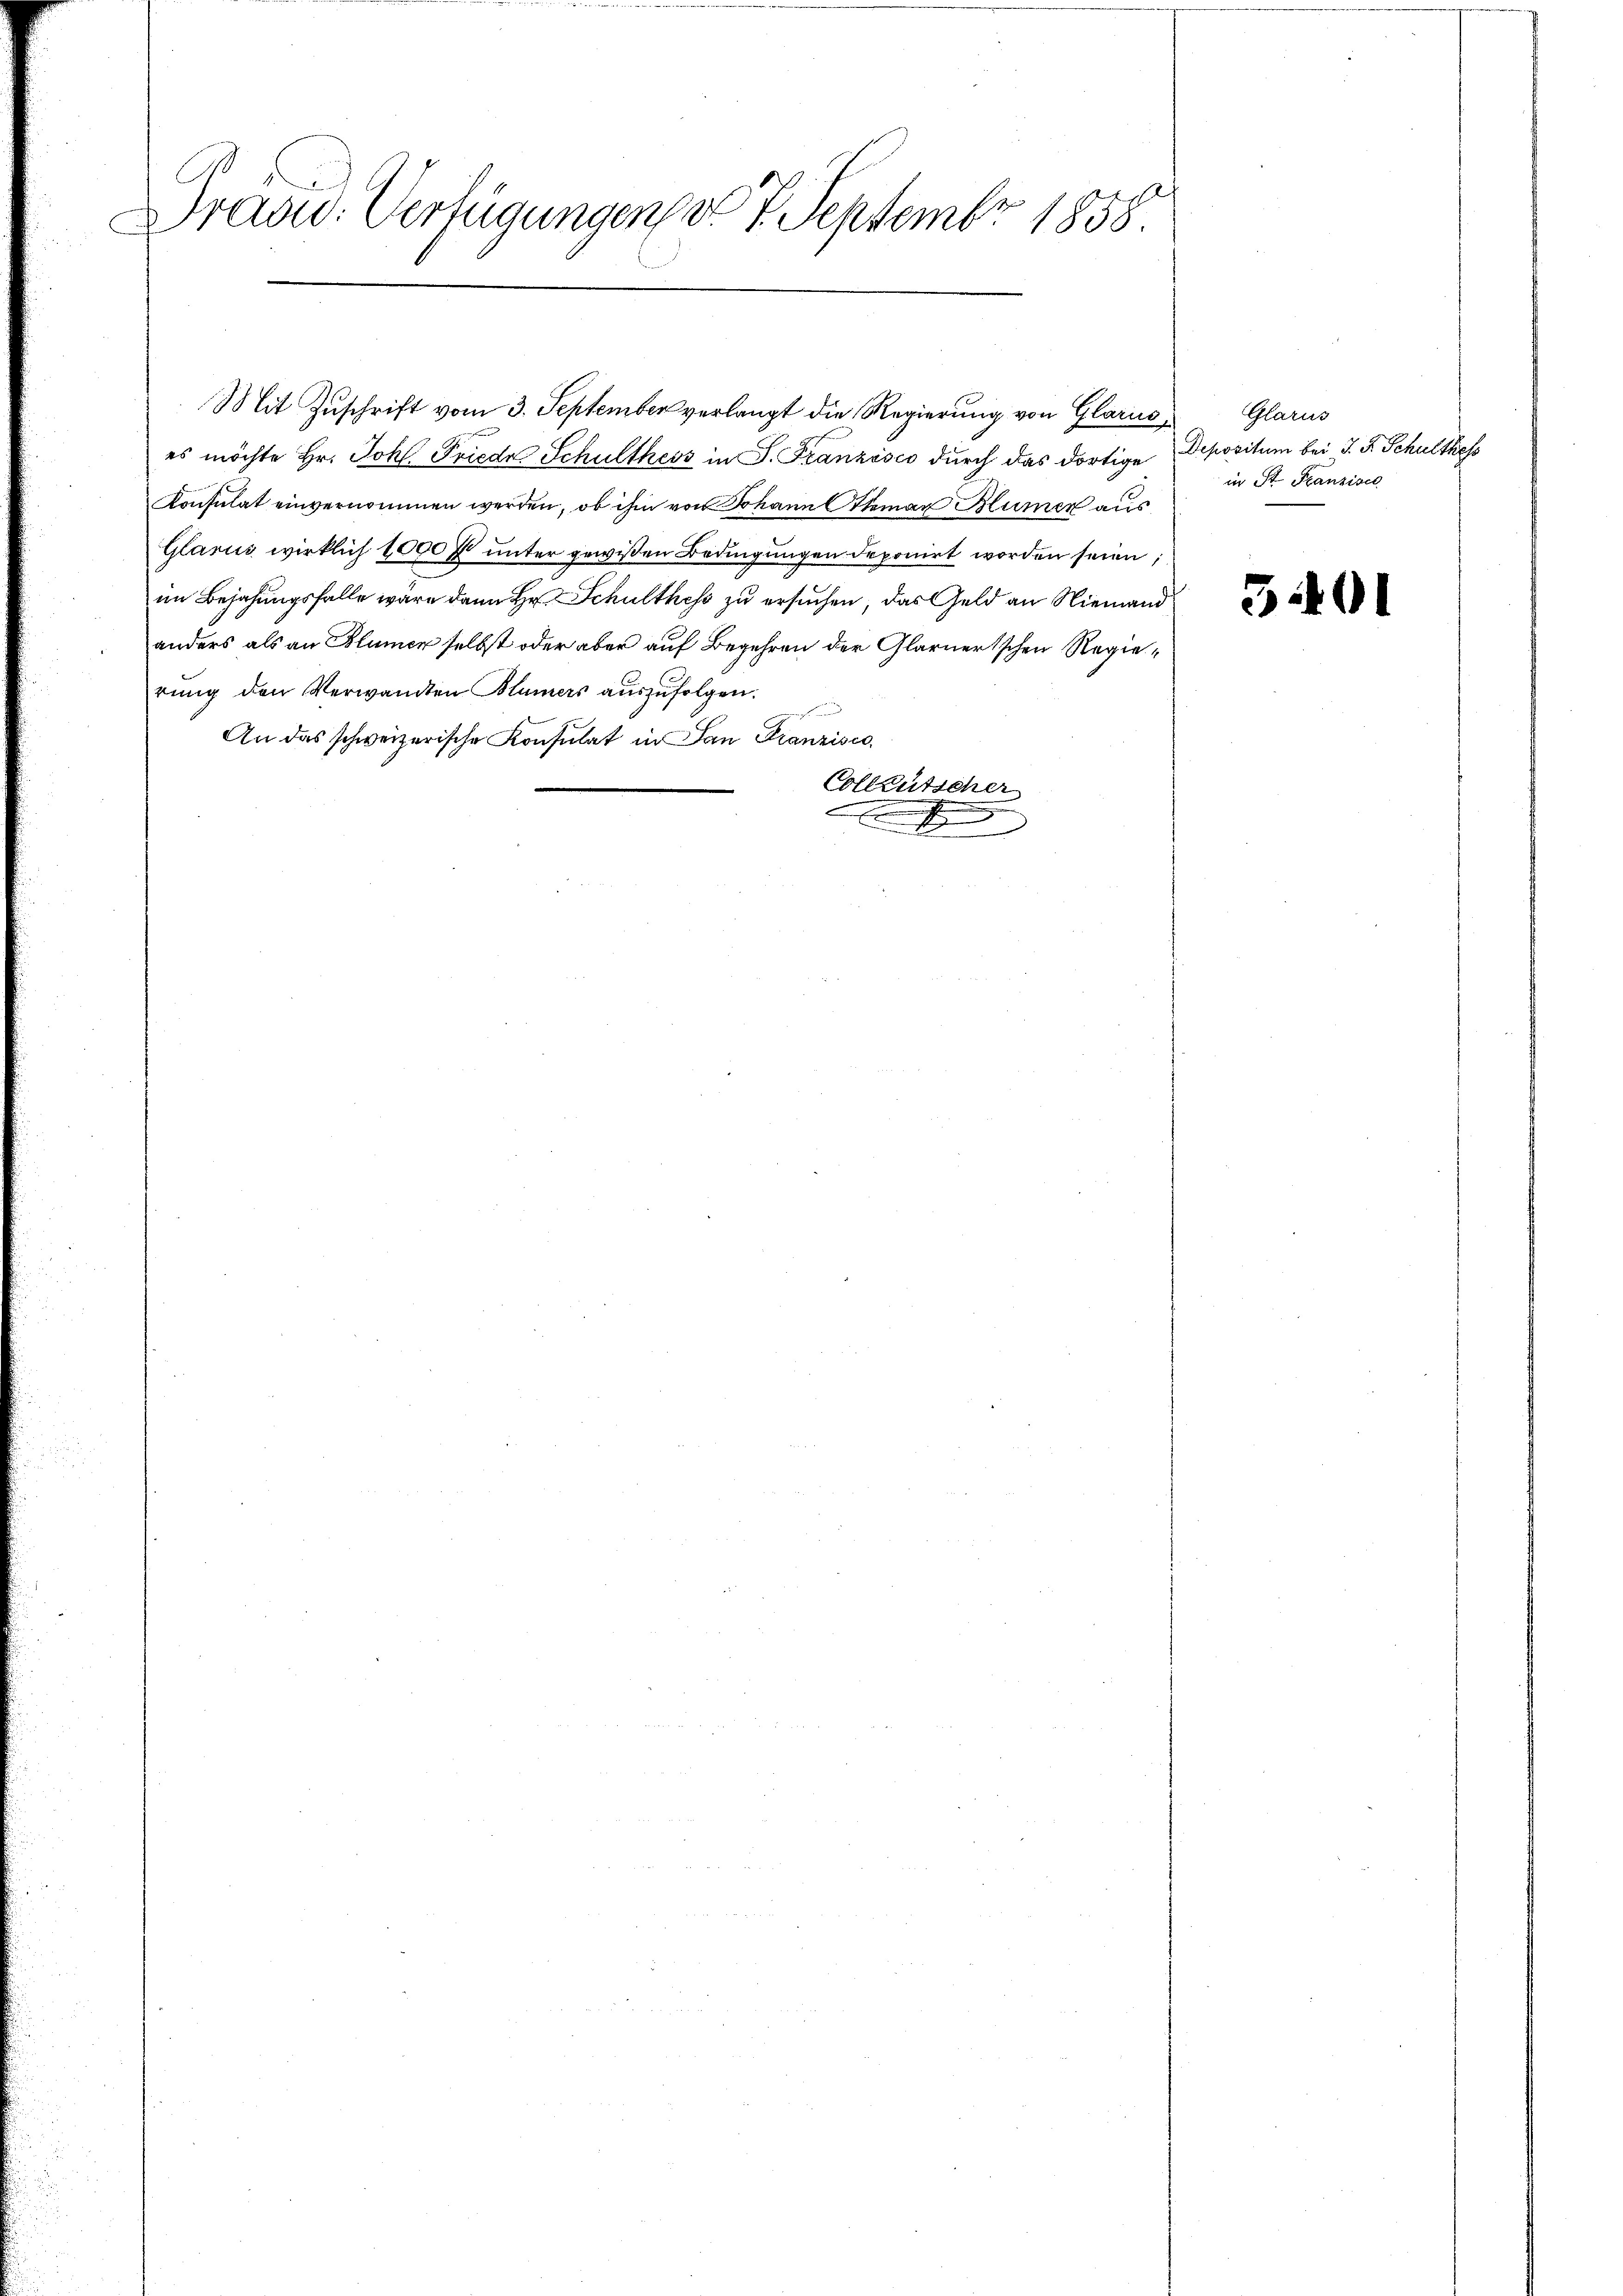
Präsid. Verfügungen, d. 7. Septembr 1858.

es möchte Hr. Joh. Friede Schulthess in P. Franzisco durch das dortige Depositum bei J. F. Schulthess
Konsulat einvernommen werden, ob ihm von Johann Aleman Blumer aus
Glarus wirklich 1000 fl unter gewissen Bedingungen deponirt worden seien;
im Bejahungsfalle wäre dann Hr. Schulthess zu ersuchen, das Geld an Niemand
anders als an Blümer selbst oder aber auf Begehren der Glarnerischen Regierŭng den Verwandten Blümers aŭszŭfolgen.
An das schweizerische Konsulat in San Franzisco
Collentscher
e
)

Mit Zuschrift vom 3. September verlangt die Regierung von Glarus, Glarus

in St. Franziscl

3401